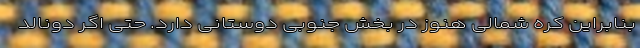
بنابراین کره شمالی هنوز در بخش جنوبی دوستانی دارد. حتی اگر دونالد